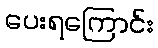
ပေးရကြောင်း